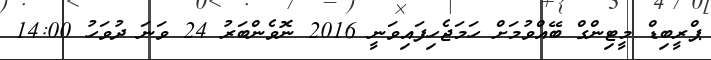
ޕްރީބިޑް މީޓިންގް ބޭއްވުމަށް ހަމަޖެހިފައިވަނީ 2016 ނޮވެންބަރު 24 ވަނަ ދުވަހު 14:00